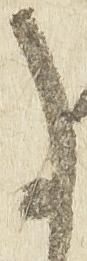
事